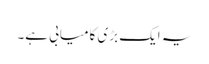
یہ ایک بڑی کامیابی ہے۔